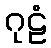
ဂုဠံ